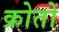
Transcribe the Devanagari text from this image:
क्रोतों